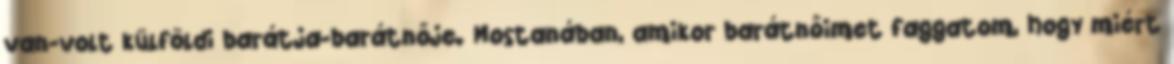
van-volt külföldi barátja-barátnője. Mostanában, amikor barátnőimet faggatom, hogy miért